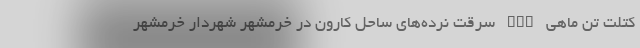
کتلت تن ماهی nan سرقت نرده‌های ساحل کارون در خرمشهر شهردار خرمشهر